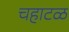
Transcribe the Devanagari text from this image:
चहाटळ